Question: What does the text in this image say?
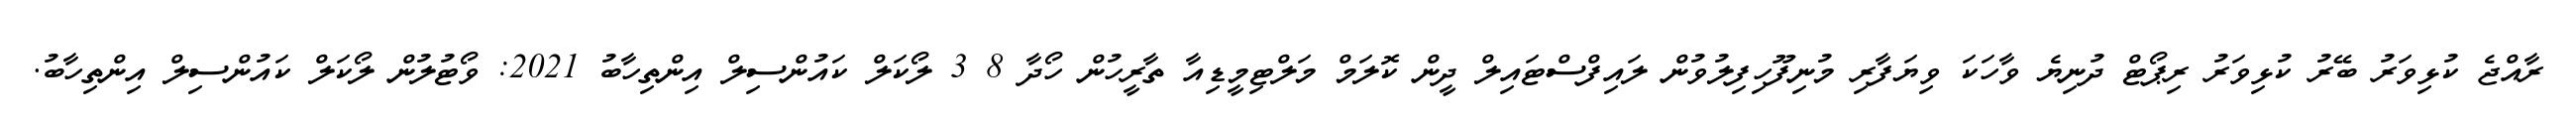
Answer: ރާއްޖެ ކުޅިވަރު ބޭރު ކުޅިވަރު ރިޕޯޓް ދުނިޔެ ވާހަކަ ވިޔަފާރި މުނިފޫހިފިލުވުން ލައިފްސްޓައިލް ދީން ކޮލަމް މަލްޓިމީޑިއާ ތާރީހުން ހޯދާ 8 3 ލޯކަލް ކައުންސިލް އިންތިހާބު 2021: ވޯޓުލުން ލޯކަލް ކައުންސިލް އިންތިހާބު.